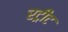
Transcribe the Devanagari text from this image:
रट्रीट